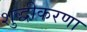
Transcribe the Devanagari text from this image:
शुद्धीकरणा